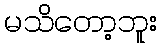
မသိတော့ဘူး